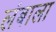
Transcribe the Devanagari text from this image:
लंबाला